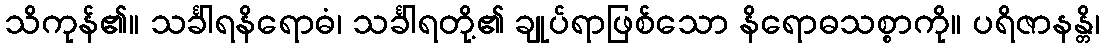
သိကုန်၏။ သင်္ခါရနိရောဓံ၊ သင်္ခါရတို့၏ ချုပ်ရာဖြစ်သော နိရောဓသစ္စာကို။ ပရိဇာနန္တိ၊